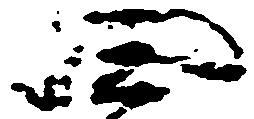
四